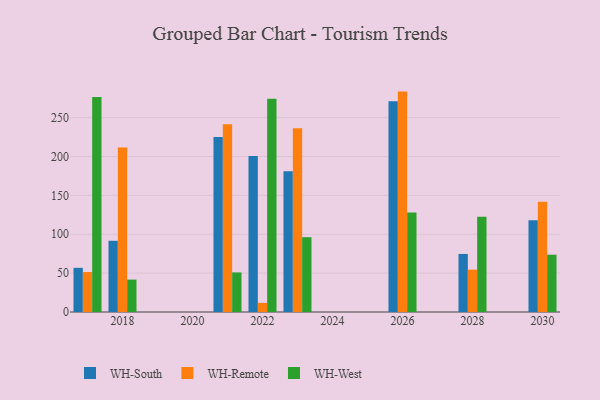
{"axis": {"x": "Year", "y": "Waste Production (Tons)"}, "legend": ["WH-Remote", "WH-South", "WH-West"], "data": [{"x": "2026", "y": 271.2, "type": "WH-South"}, {"x": "2026", "y": 283.5, "type": "WH-Remote"}, {"x": "2026", "y": 128.1, "type": "WH-West"}, {"x": "2028", "y": 74.7, "type": "WH-South"}, {"x": "2028", "y": 54.5, "type": "WH-Remote"}, {"x": "2028", "y": 122.5, "type": "WH-West"}, {"x": "2030", "y": 118.1, "type": "WH-South"}, {"x": "2030", "y": 141.7, "type": "WH-Remote"}, {"x": "2030", "y": 73.7, "type": "WH-West"}, {"x": "2017", "y": 56.8, "type": "WH-South"}, {"x": "2017", "y": 51.4, "type": "WH-Remote"}, {"x": "2017", "y": 276.4, "type": "WH-West"}, {"x": "2022", "y": 200.7, "type": "WH-South"}, {"x": "2022", "y": 11.7, "type": "WH-Remote"}, {"x": "2022", "y": 274.2, "type": "WH-West"}, {"x": "2021", "y": 225.0, "type": "WH-South"}, {"x": "2021", "y": 241.5, "type": "WH-Remote"}, {"x": "2021", "y": 50.9, "type": "WH-West"}, {"x": "2018", "y": 91.6, "type": "WH-South"}, {"x": "2018", "y": 211.7, "type": "WH-Remote"}, {"x": "2018", "y": 41.7, "type": "WH-West"}, {"x": "2023", "y": 181.0, "type": "WH-South"}, {"x": "2023", "y": 236.3, "type": "WH-Remote"}, {"x": "2023", "y": 96.2, "type": "WH-West"}]}